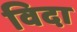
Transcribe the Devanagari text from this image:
विदा